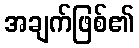
အချက်ဖြစ်၏